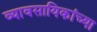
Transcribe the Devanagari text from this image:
व्यावसायिकांच्या